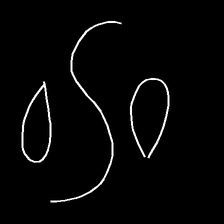
Glyph: water